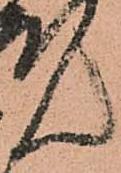
ん